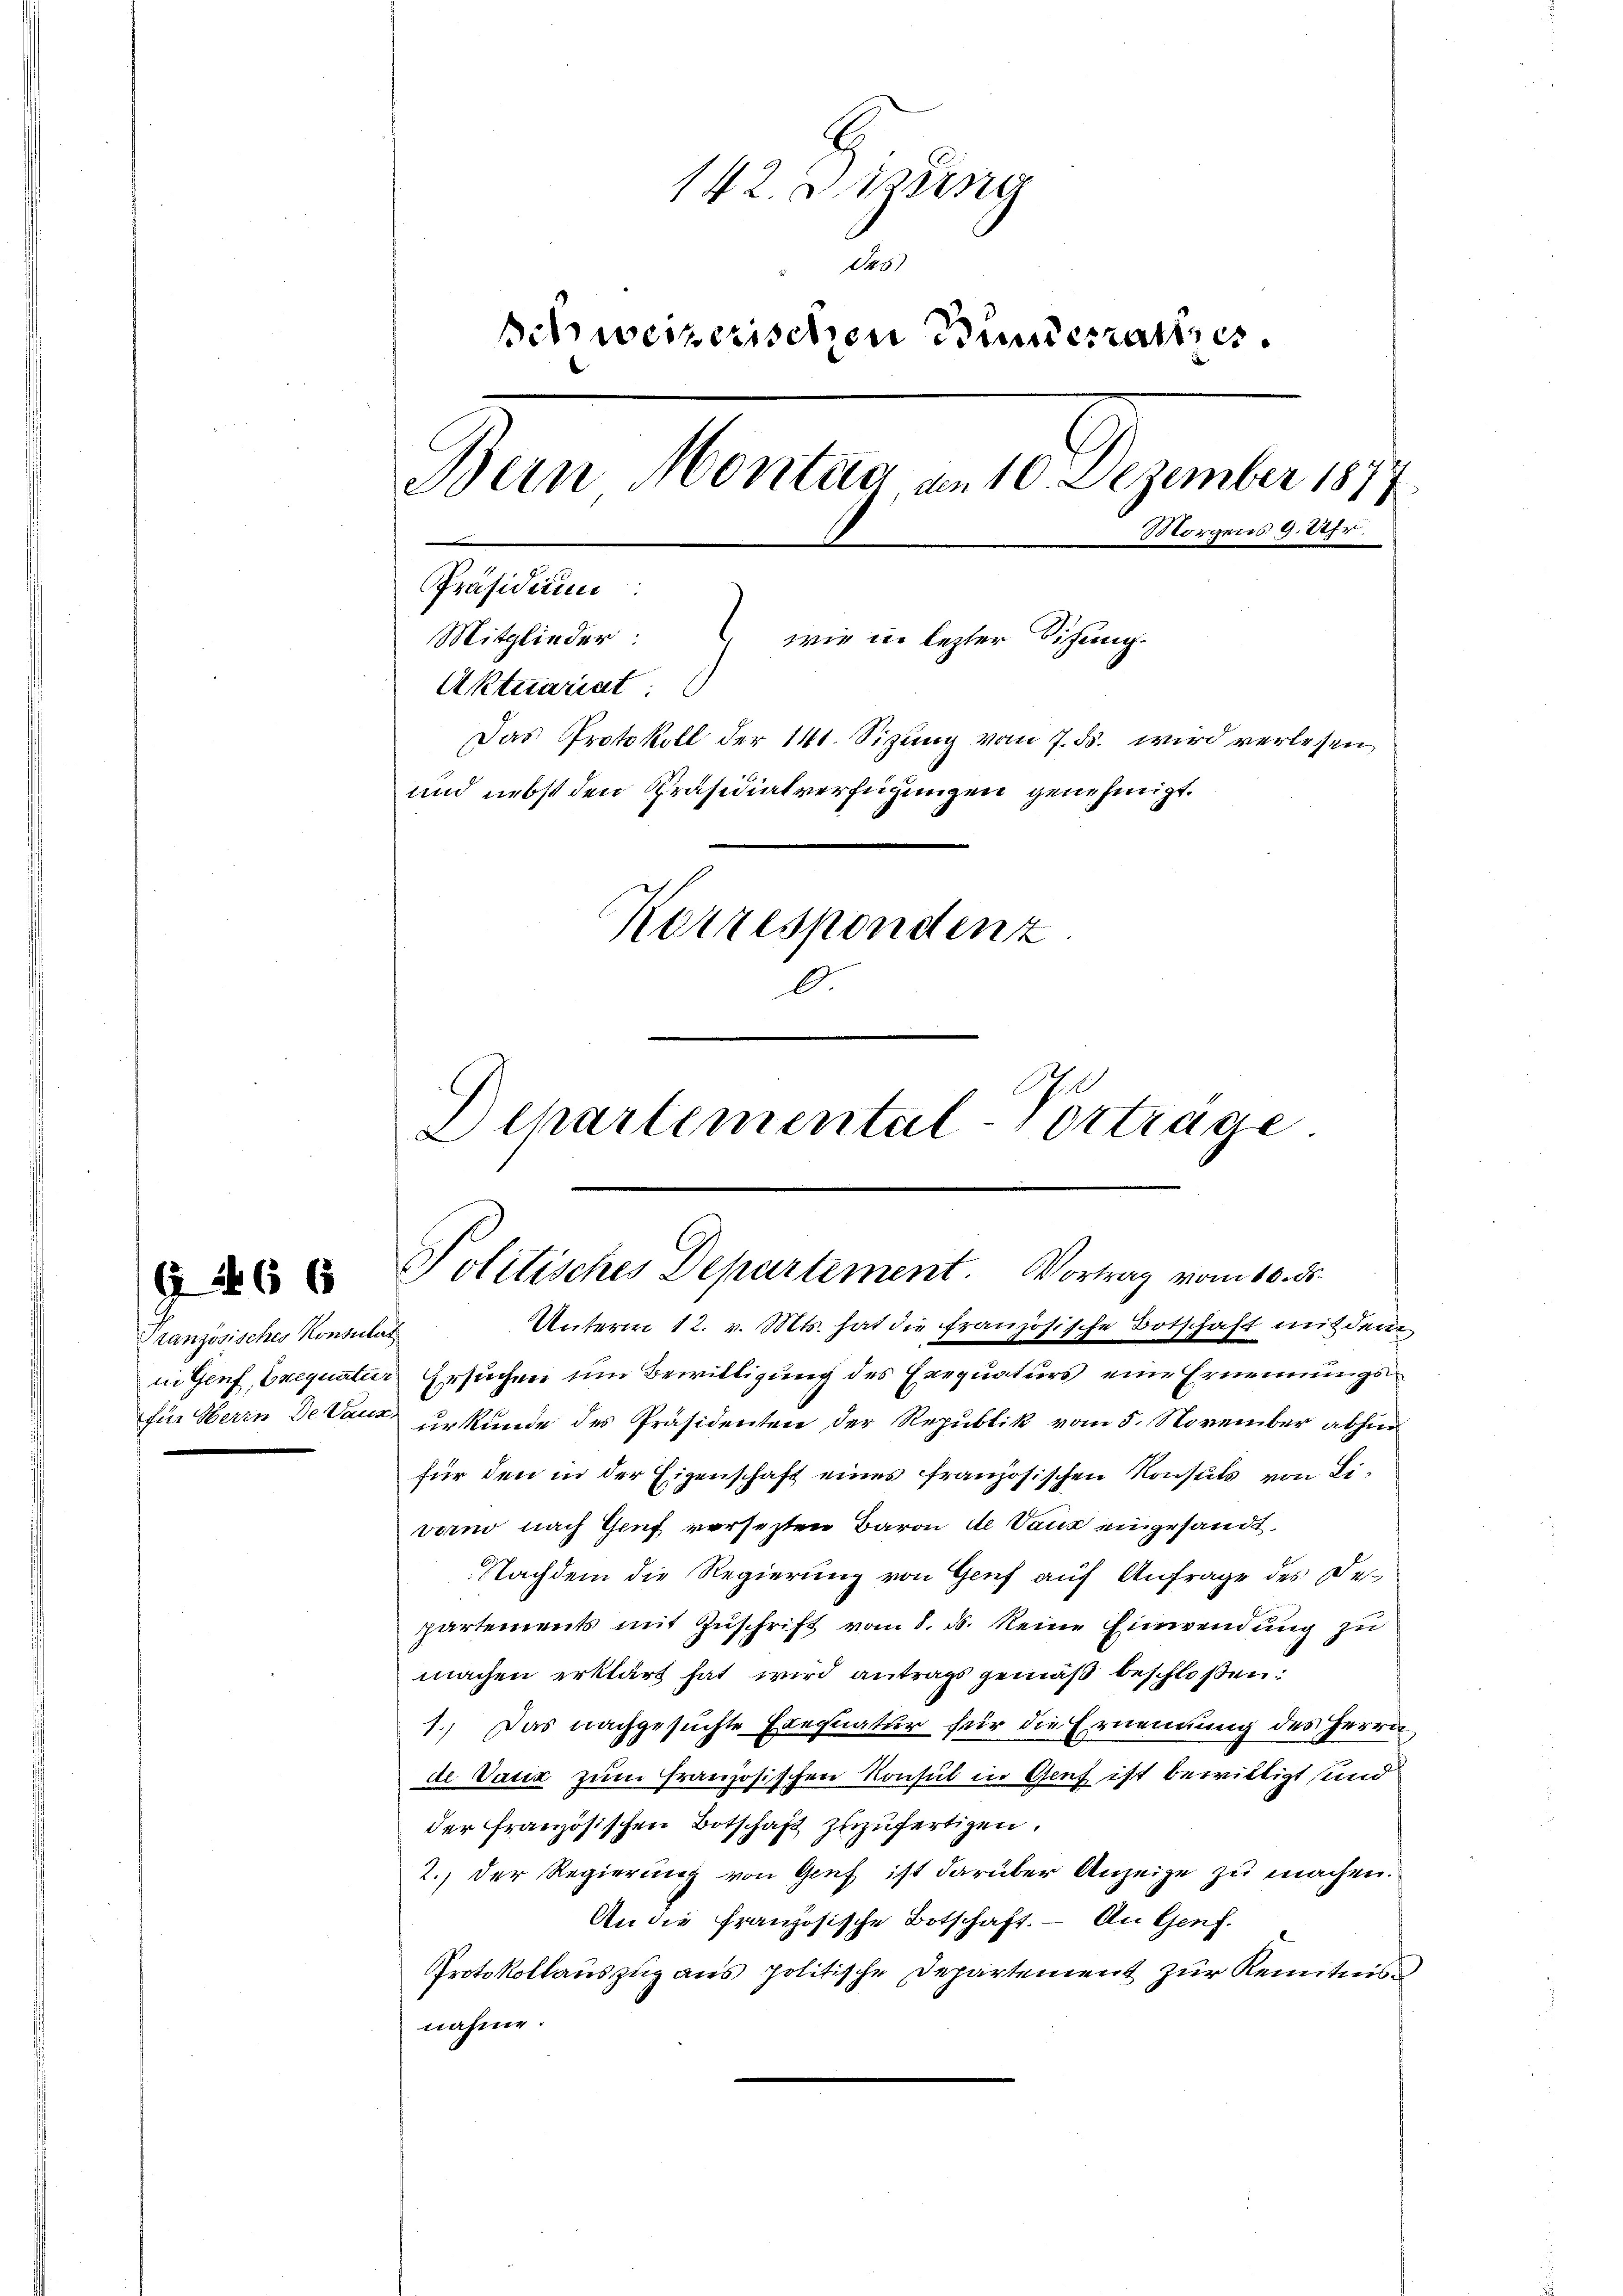
Stanzösisches Konsulat

142. Diezing
181
Schweizerischen Bundesrathes.
Bern Montag am 10. Dezember 1877
Morgens 9. Uhr.
Präsidium
Mitglieder: wie in lezter Sichung.
Aktuariat:
Das Protokoll der 141. Sizung vom 7. ds. wird verlesen
und nebst den Präsidialverfügungen genehmigt.
Korrespondenz

Departemental-Vorträge.
 Politisches Departement. Vortrag vom 10. d.
Unterm 12. v. Mts. hat die französische Botschaft mit dem

in Genf, Crequatur Ersuchen um Bewilligung des Exequaturs eine Ernennungsfür Herrn Devaux urkunde des Präsidenten der Republik vom 5. November abhin
für den in der Eigenschaft eines französischen Konsuls von Liverno nach Genf versezten Baron de Vauz eingesandt
Nachdem die Regierung von Genf auf Anfrage des Departements mit Zuschrift vom 8. ds. keine Einwendung zu
machen erklärt hat wird antrags gemäß beschloßen:
1.) Das nachgesuchte Exequatur für die Ernennung des Herrn
de Vatiz zum französischen Konsul in Genf ist bewilligt und
der französischen Botschaft zuzufertigen.
2.) Der Regierung von Genf ist darüber Anzeige zu machen.
An die Französische Botschaft. — An Genf.
Protokollaŭszŭg ans politische Departement zŭr Kemnitzes
nahme.